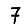
Digit: 7